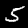
Digit: 5